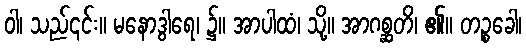
ဝါ၊ သည်၎င်း။ မနောဒွါရေ၊ ၌။ အာပါထံ၊ သို့။ အာဂစ္ဆတိ၊ ၏။ တဉ္စခေါ၊